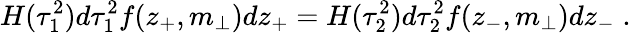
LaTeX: H(\tau_{1}^{2})d\tau_{1}^{2}f(z_{+},m_{\perp})dz_{+}=H(\tau_{2}^{2})d\tau_{2}^{2}f(z_{-},m_{\perp})dz_{-}\; .